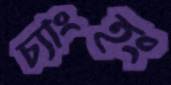
চ্যাংহং